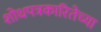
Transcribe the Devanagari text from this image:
शोधपत्रकारितेच्या